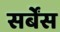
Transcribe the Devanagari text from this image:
सर्बेंस